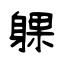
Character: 躶